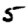
Digit: 5